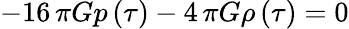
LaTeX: -16\, \pi Gp\left({\tau}\right)-4\, \pi G\rho\left({\tau}\right)=0